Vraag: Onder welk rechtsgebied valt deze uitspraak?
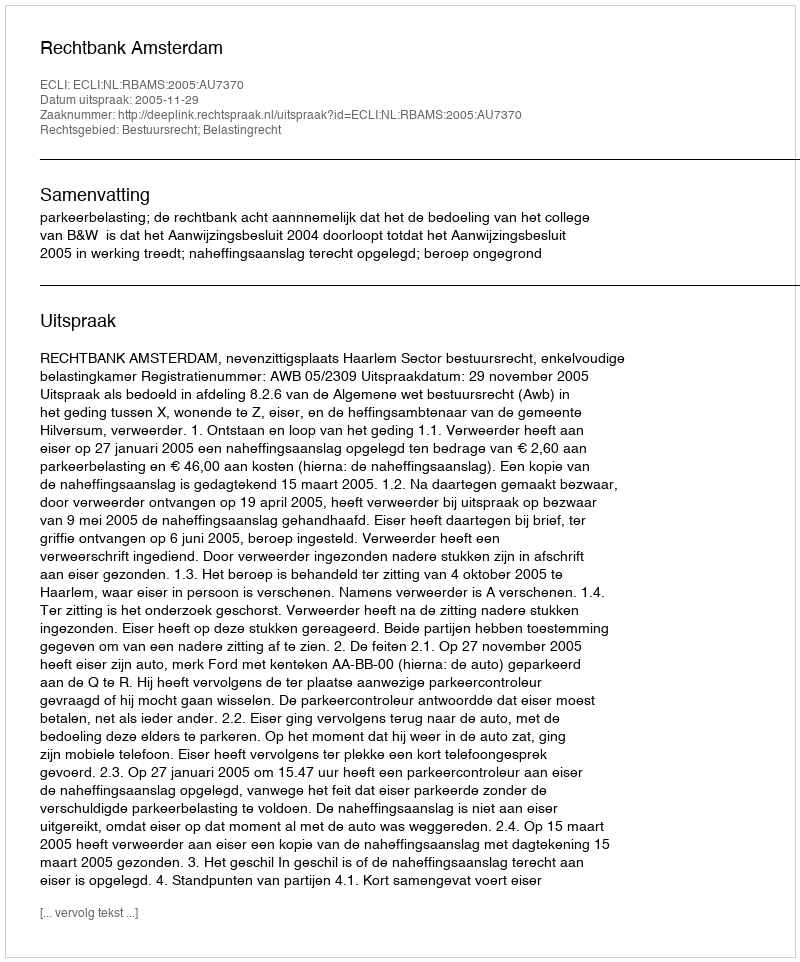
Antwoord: Bestuursrecht; Belastingrecht